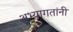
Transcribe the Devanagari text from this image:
अभ्यागतांनी